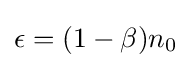
{\textstyle \epsilon =(1-\beta )n_{0}}